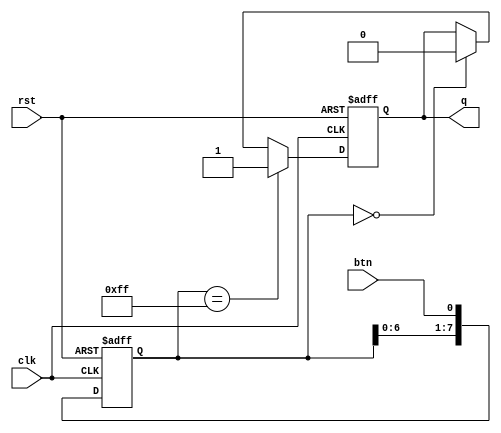
// This program was cloned from: https://github.com/Shofuuu/tt06-timer_counter-UGM
// License: Apache License 2.0

`default_nettype none
// `timescale 1ns/1ns

module debounce #(
    parameter SREG_SIZE = 8
)(
    input wire clk, btn, rst,
    output reg q
);
    
    localparam [SREG_SIZE-1:0] hi_value = 2 ** SREG_SIZE-1;

    reg [SREG_SIZE-1:0] sreg;

    always @ (posedge clk or negedge rst) begin
        if (~rst) begin
            sreg <= {SREG_SIZE{1'b0}};
            q <= 1'b0;
        end
        else begin
            sreg <= {sreg[SREG_SIZE-2:0], btn};

            if (sreg == hi_value)
                q <= 1'b1;
            else if (sreg == {SREG_SIZE{1'b0}})
                q <= 1'b0;
            else
                q <= q;
        end
    end

endmodule